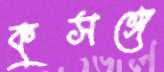
কুসঙ্গে